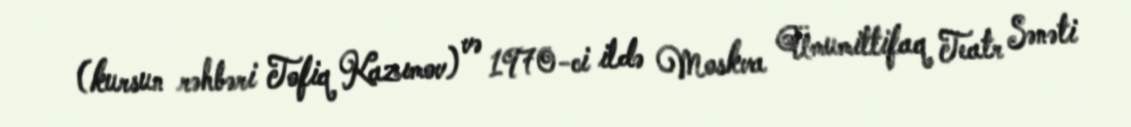
(kursun rəhbəri Tofiq Kazımov) və 1970-ci ildə Moskva Ümumittifaq Teatr Sənəti